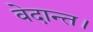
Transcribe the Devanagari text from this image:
वेदान्त।